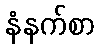
နံနက်စာ